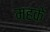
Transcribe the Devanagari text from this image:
महके